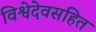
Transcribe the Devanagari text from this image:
विश्वेदेवसहित